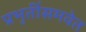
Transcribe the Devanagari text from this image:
प्रभृतींसमवेत